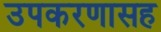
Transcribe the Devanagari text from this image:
उपकरणासह